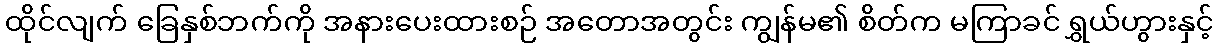
ထိုင်လျက် ခြေနှစ်ဘက်ကို အနားပေးထားစဉ် အတောအတွင်း ကျွန်မ၏ စိတ်က မကြာခင် ရွှယ်ဟွားနှင့်